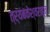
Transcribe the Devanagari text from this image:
त्र्यंबकेश्वराहून